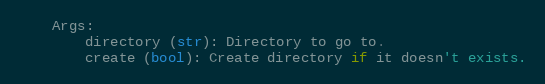
Language: Python
    Args:
        directory (str): Directory to go to.
        create (bool): Create directory if it doesn't exists.